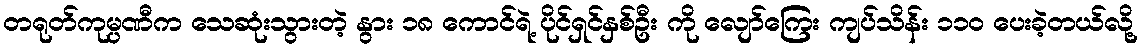
တရုတ်ကုမ္ပဏီက သေဆုံးသွားတဲ့ နွား ၁၈ ကောင်ရဲ့ ပိုင်ရှင်နှစ်ဦး ကို လျော်ကြေး ကျပ်သိန်း ၁၁ဝ ပေးခဲ့တယ်လို့